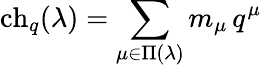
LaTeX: \mathrm{ch}_{q}(\lambda)=\sum_{\mu\in\Pi(\lambda)}m_{\mu}\, q^{\mu}